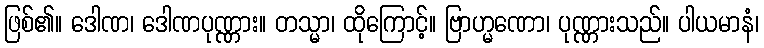
ဖြစ်၏။ ဒေါဏ၊ ဒေါဏပုဏ္ဏား။ တသ္မာ၊ ထိုကြောင့်။ ဗြာဟ္မဏော၊ ပုဏ္ဏားသည်။ ပါယမာနံ၊